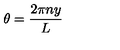
\theta = { \frac { 2 \pi n y } { L } }